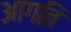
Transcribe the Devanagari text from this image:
आगति